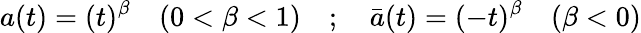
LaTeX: a(t)=(t)^{\beta}\quad(0<\beta<1)\quad;\quad\bar{a}(t)=(-t)^{\beta}\quad(\beta<0)